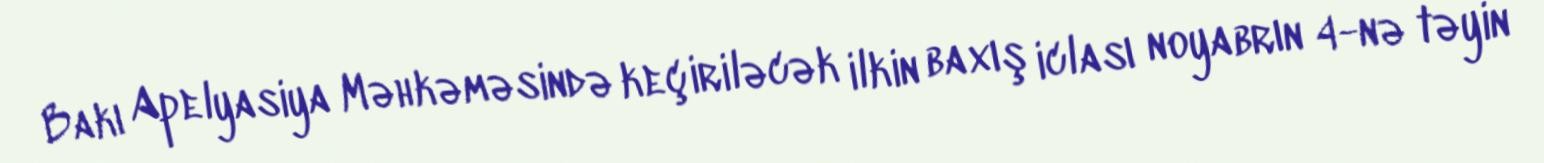
Bakı Apelyasiya Məhkəməsində keçiriləcək ilkin baxış iclası noyabrın 4-nə təyin